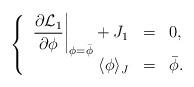
LaTeX: \begin{align*}\left\{\begin{array}{rcl} \displaystyle \left. \frac{\partial{\cal L}_{1}}{\partial \phi}\right|_{\phi=\bar{\phi}}+J_{1}&=&0 ,\\ \langle \phi \rangle_{J}&=&\bar{\phi} . \end{array}\right.\end{align*}